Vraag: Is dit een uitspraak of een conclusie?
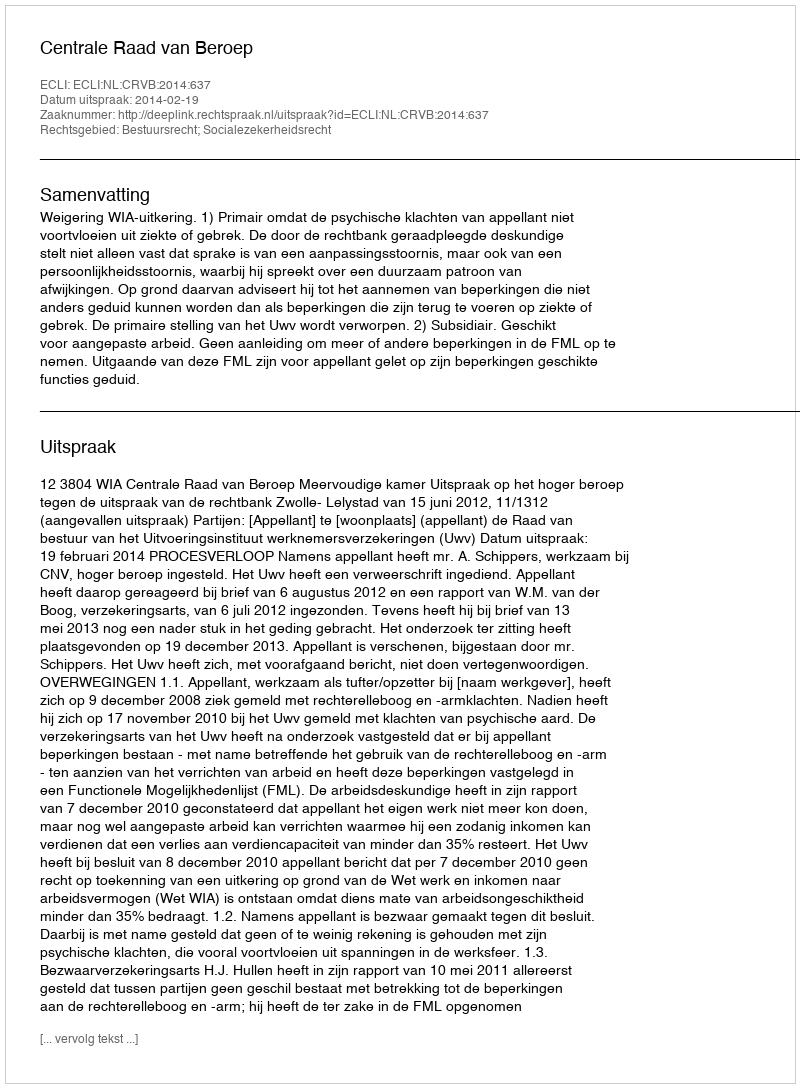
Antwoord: Uitspraak